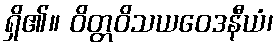
ရှိ၏။ ဝိတ္တဝိသယဝေဒနီယံ၊